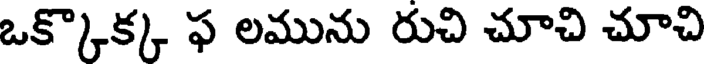
ఒక్కొక్క ఫ లమును రుచి చూచి చూచి